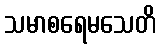
သမာစရေမသေတိ